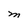
Character: M